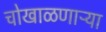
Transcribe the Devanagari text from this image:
चोखाळणाऱ्या